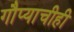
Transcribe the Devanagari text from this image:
गौप्याचीही